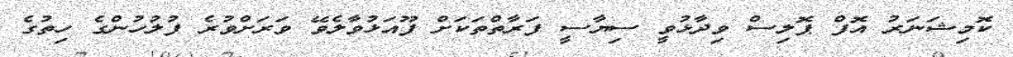
ކޮމިޝަނަރު އޮފް ޕޮލިސް ވިދާޅުވީ ސިޔާސީ ފަރާތްތަކަށް ފޫއަޅުވާލެވޭ ވަރަށްވުރެ ފުލުހުންގެ ހިތުގެ